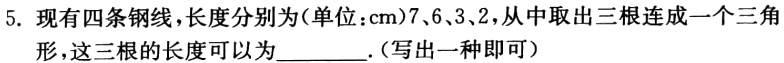
5. 现有四条钢线，长度分别为(单位：cm)7、6、3、2，从中取出三根连成一个三角形，这三根的长度可以为______.(写出一种即可)